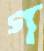
গ